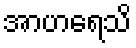
အာဟရေသိ